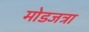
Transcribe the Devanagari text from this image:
मोडजत्रा